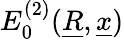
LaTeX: E_{0}^{(2)}(\underline{{R}},\underline{{x}})